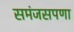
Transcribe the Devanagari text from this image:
समंजसपणा